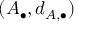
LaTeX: ( A _ { \bullet } , d _ { A , \bullet } )